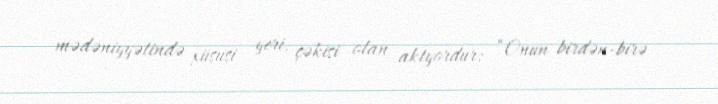
mədəniyyətində xüsusi yeri, çəkisi olan aktyordur: “Onun birdən-birə